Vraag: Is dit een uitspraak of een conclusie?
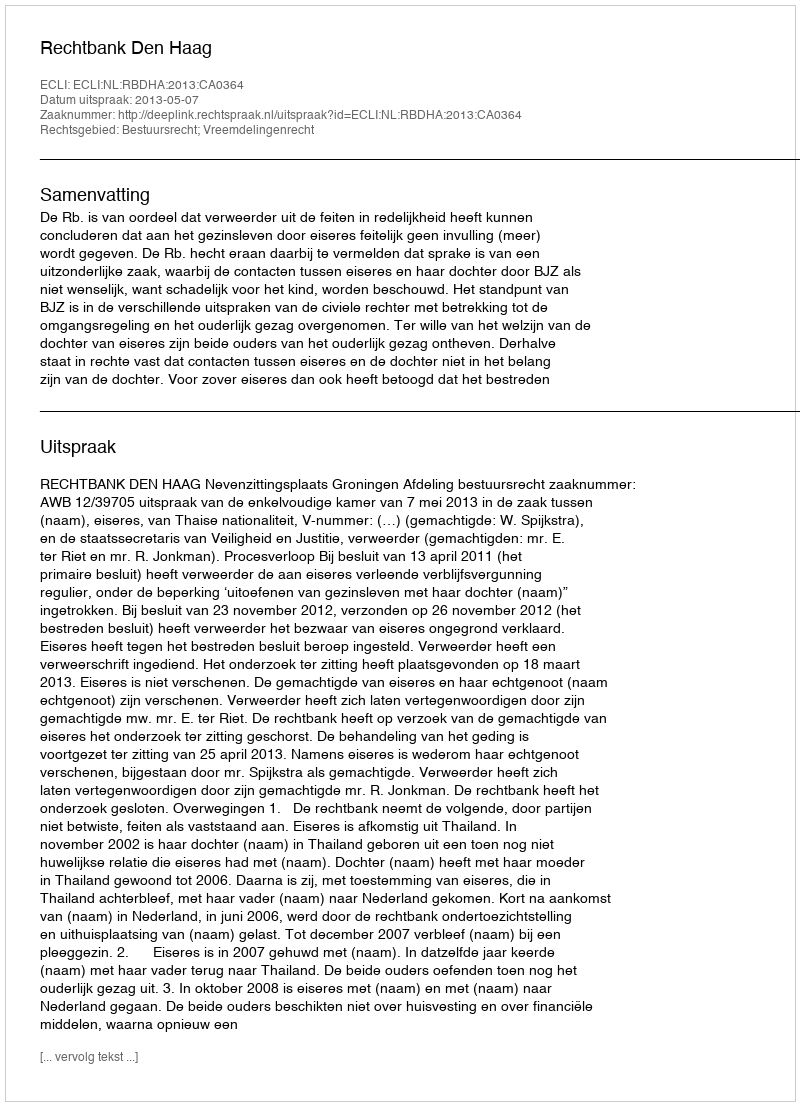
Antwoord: Uitspraak